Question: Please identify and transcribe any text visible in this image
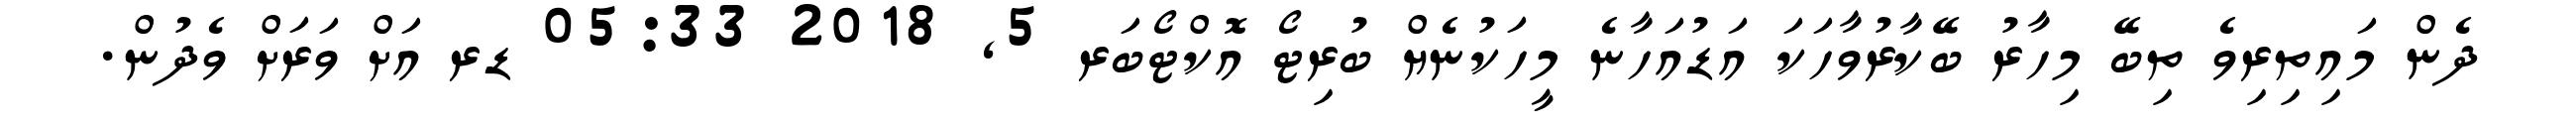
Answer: ދެން މައިތިރިވެ ތިބޭ މިހާރު ބޭކާރުވާހަކަ އަޑުއަހާނެ މީހަކުނެޔް ބުރިޓޯ އޮކްޓޯބަރ 5, 2018 05:33 ޑރ އަށް ވަރަށް ވެދުން.